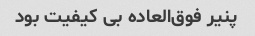
پنیر فوق‌العاده بی کیفیت بود